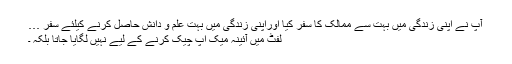
آپ نے اپنی زندگی میں بہت سے ممالک کا سفر کیا اوراپنی زندگی میں بہت علم و دانش حاصل کرنے کیلئے سفر …
لفٹ میں آئینہ میک اپ چیک کرنے کے لیے نہیں لگایا جاتا بلکہ ۔